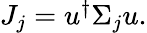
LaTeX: \begin{array}{r}{J_{j}=u^{\dagger}\Sigma_{j}u.}\end{array}